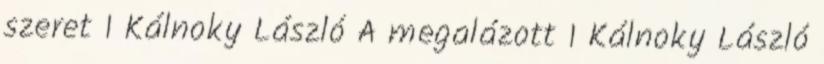
szeret 1 Kálnoky László A megalázott 1 Kálnoky László